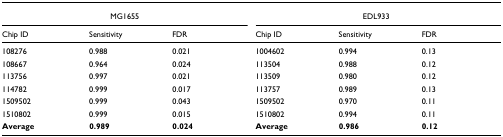
<table><thead><tr><td colspan="3"><b>MG1655</b></td><td colspan="3"><b>EDL933</b></td></tr><tr><td><b>Chip ID</b></td><td><b>Sensitivity</b></td><td><b>FDR</b></td><td><b>Chip ID</b></td><td><b>Sensitivity</b></td><td><b>FDR</b></td></tr></thead><tbody><tr><td>108276</td><td>0.988</td><td>0.021</td><td>1004602</td><td>0.994</td><td>0.13</td></tr><tr><td>108667</td><td>0.964</td><td>0.024</td><td>113504</td><td>0.988</td><td>0.12</td></tr><tr><td>113756</td><td>0.997</td><td>0.021</td><td>113509</td><td>0.980</td><td>0.12</td></tr><tr><td>114782</td><td>0.999</td><td>0.017</td><td>113757</td><td>0.989</td><td>0.13</td></tr><tr><td>1509502</td><td>0.999</td><td>0.043</td><td>1509502</td><td>0.970</td><td>0.11</td></tr><tr><td>1510802</td><td>0.999</td><td>0.015</td><td>1510802</td><td>0.994</td><td>0.11</td></tr><tr><td><b>Average</b></td><td><b>0.989</b></td><td><b>0.024</b></td><td><b>Average</b></td><td><b>0.986</b></td><td><b>0.12</b></td></tr></tbody></table>